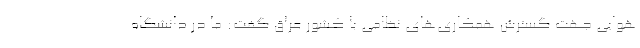
هوایی جهت گسترش همکاری‌های نظامی با کشور عراق گفت: ما در دانشگاه